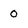
Character: 0